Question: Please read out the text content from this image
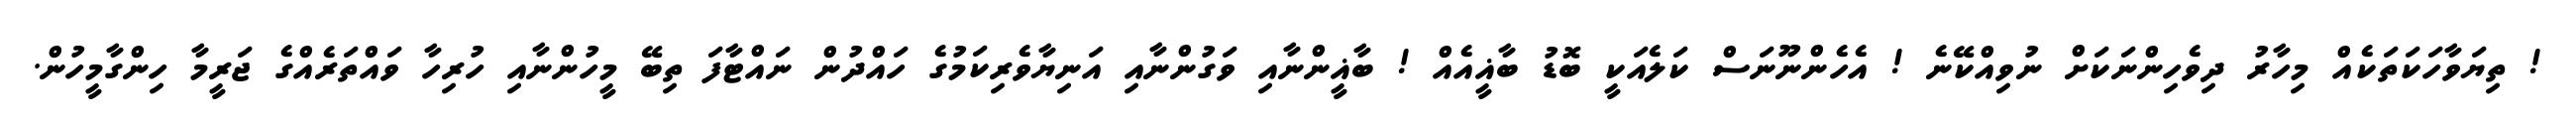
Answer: ! ތިޔަވާހަކަތަކެއް މިހާރު ދިވެހިންނަކަށް ނުވިއްކޭނެ ! އެހެންނޫނަސް ކަލެއަކީ ބޮޑު ބާޣީއެއް ! ބާޣީންނާއި ވަގުންނާއި އަނިޔާވެރިކަމުގެ ހައްދުން ނައްޓާފަ ތިބޭ މީހުންނާއި ހުރިހާ ވައްތަރެއްގެ ޖަރީމާ ހިންގާމީހުން.